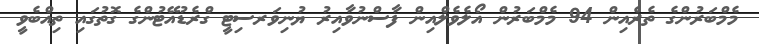
މެމްބަރުންގެ ތެރެއިން 94 މެމްބަރުން އޯލެވެލްއިން ފާސްނުވާއިރު ޔުނިވަރސިޓީ ގްރެޑުއޭޓުންގެ ގޮތުގައި ތިއްބެވީ